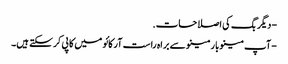
- دیگر بگ کی اصلاحات.
- آپ مینوبار مینو سے براہ راست آرکائو میں کاپی کرسکتے ہیں۔